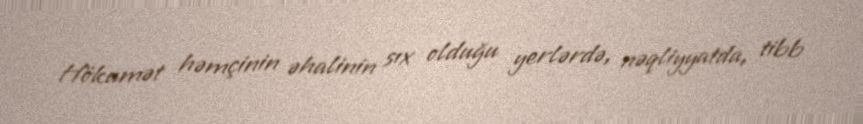
Hökumət həmçinin əhalinin sıx olduğu yerlərdə, nəqliyyatda, tibb